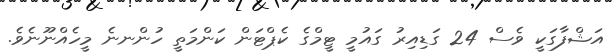
އަޝްފާގަކީ ވެސް 24 ގަޑިއިރު ގައުމީ ޓީމްގެ ކެޕްޓަން ކަންމަތީ ހުންނނެ މީހެއްނޫނެވެ.